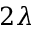
2 \lambda